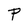
Character: P